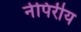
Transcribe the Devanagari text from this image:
नेपिरीय